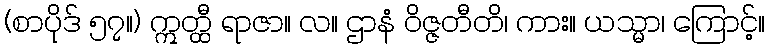
(စာပိုဒ် ၅၇။) ဣတ္ထီ ရာဇာ။ လ။ ဌာနံ ဝိဇ္ဇတီတိ၊ ကား။ ယသ္မာ၊ ကြောင့်။